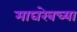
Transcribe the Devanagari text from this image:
माघरेबच्या